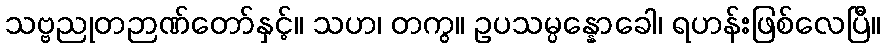
သဗ္ဗညုတဉာဏ်တော်နှင့်။ သဟ၊ တကွ။ ဥပသမ္ပန္နောခေါ၊ ရဟန်းဖြစ်လေပြီ။